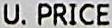
U. PRICE